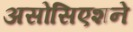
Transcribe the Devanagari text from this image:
असोसिएशने